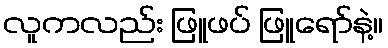
လူကလည်း ဖြူဖပ် ဖြူရော်နဲ့။